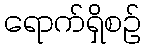
ရောက်ရှိစဉ်